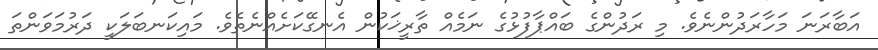
އަބާރަނަ މަހާރަދުންނެވެ. މި ރަދުންގެ ބައްޕާފުޅުގެ ނަމެއް ތާރީޚަކުން އެނގޭކަށެއްނެތެވެ. މައިކަނބަލަކީ ދަރުމަވަންތަ